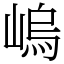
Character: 嵨